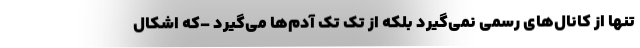
تنها از کانال‌های رسمی نمی‌گیرد بلکه از تک تک آدم‌ها می‌گیرد –که اشکال